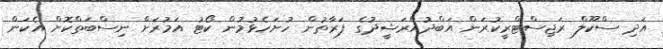
އަދި ސްކޫލް ރަޖިސްޓްރީކުރަން އަބްދުއްރަޝީދުގެ ފަރާތުން ހުށަހެޅުމުން ކޯޓު އަމުރަށް ނިސްބަތްކޮށް އެކަން